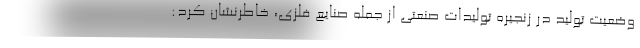
وضعیت تولید در زنجیره تولیدات صنعتی از جمله صنایع فلزی، خاطرنشان ‌کرد: